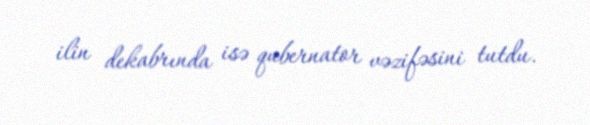
ilin dekabrında isə qubernator vəzifəsini tutdu.